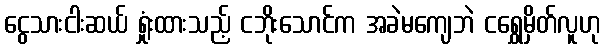
ငွေသားငါးဆယ် ရှုံးထားသည့် ငဘိုးသောင်က အခဲမကျေဘဲ ငရွှေမှိတ်လူဟု